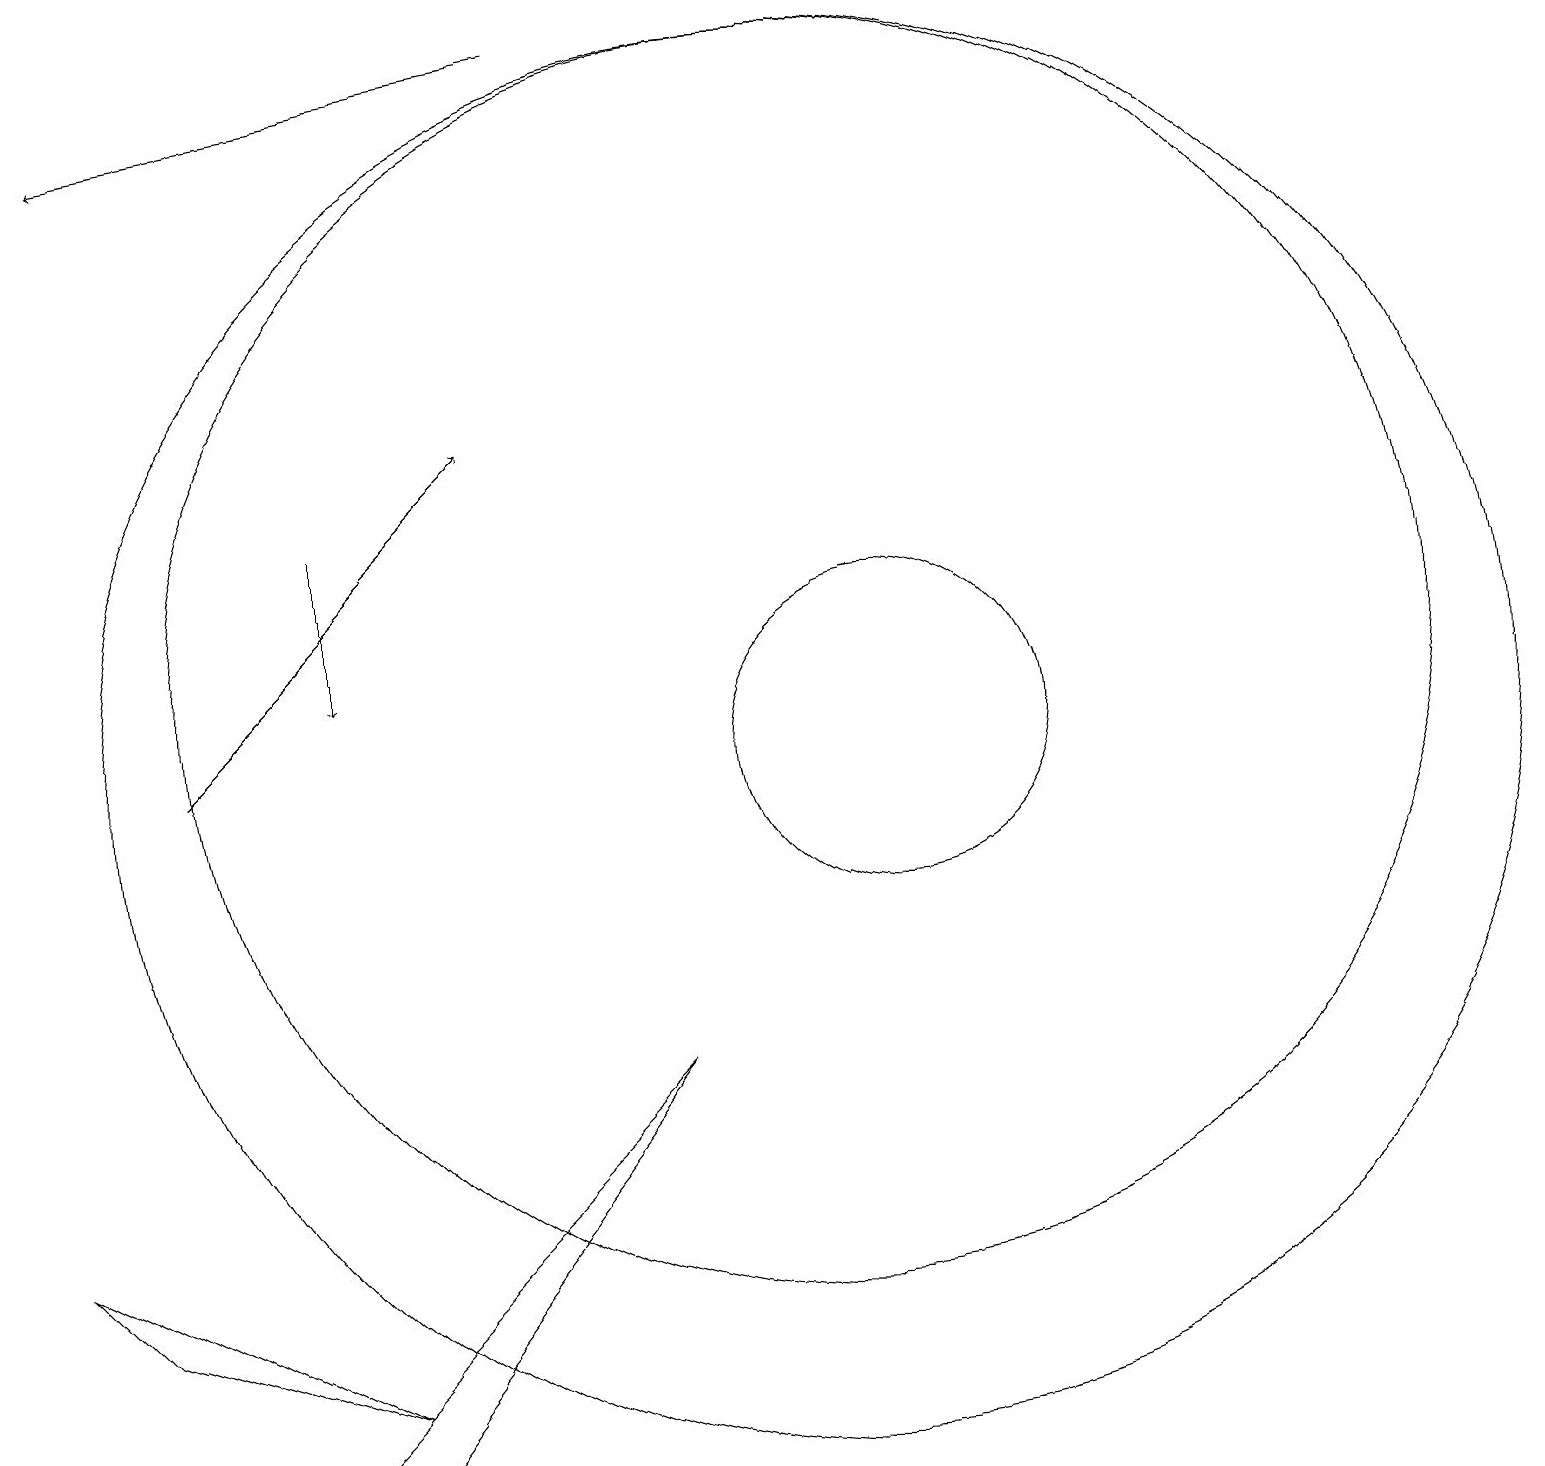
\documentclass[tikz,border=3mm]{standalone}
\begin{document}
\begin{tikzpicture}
\draw (10,11) circle (8);
\draw (3,1) -- (8,6) -- (4,1) -- cycle;
\draw (11,10) circle (2);
\draw[->] (4,13) -- (4,11);
\draw (4,2) -- (1,3) -- (0,4) -- cycle;
\draw[->] (2,10) -- (6,14);
\draw[->] (7,19) -- (1,18);
\draw (10,10) circle (9);
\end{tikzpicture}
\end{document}